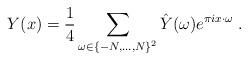
LaTeX: \begin{align*}Y(x) = \frac{1}{4} \sum_{\omega \in \{-N,\dots,N\}^2} \hat{Y}(\omega) e^{\pi i x \cdot \omega}\;.\end{align*}